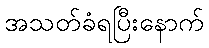
အသတ်ခံရပြီးနောက်